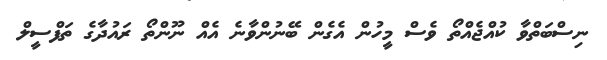
ނިސްބަތްވާ ކުއްޖެއްތޯ ވެސް މީހުން އެގެން ބޭނުންވާނެ އެއް ނޫންތޯ ރައުދާގެ ތަފްސީލް